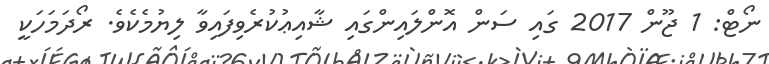
ނޯޓް: 1 ޖޫން 2017 ގައި ސަން އޮންލައިންގައި ޝާއިޢުކުރެވިފައިވާ ލިޔުމެކެވެ. ރޯދަމަހަކީ